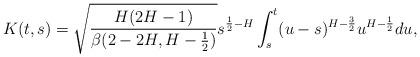
LaTeX: \begin{align*}K(t,s)=\sqrt{\frac{H(2H-1)}{\beta(2-2H,H-\frac{1}{2})}}s^{\frac{1}{2}-H}\int_{s}^{t}(u-s)^{H-\frac{3}{2}}u^{H-\frac{1}{2}}du,\end{align*}